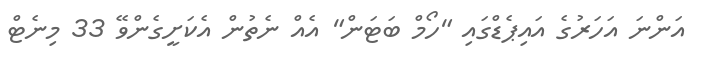
އަންނަ އަހަރުގެ އައިޕެޑްގައި "ހޯމް ބަޓަން" އެއް ނެތުން އެކަށީގެންވޭ 33 މިނެޓް